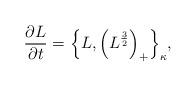
LaTeX: \begin{align*}\frac{\partial L}{\partial t} = \Big \{L, \Big (L^{\frac{3}{2}}\Big )_{+}\Big \}_{\kappa},\end{align*}